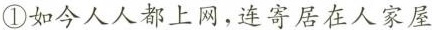
①如今人人都上网，连寄居在人家屋